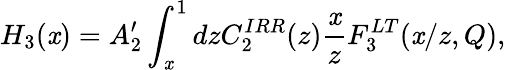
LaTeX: H_{3}(\mathit{x})=A_{2}^{\prime}\int_{\mathit{x}}^{1}dzC_{2}^{IRR}(z)\frac{{\mathit{x}}}{{z}}F_{3}^{LT}(\mathit{x}/z,Q),